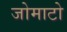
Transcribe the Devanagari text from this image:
जोमाटो